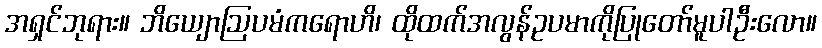
အရှင်ဘုရား။ ဘိယျောဩပမံကရောဟိ၊ ထိုထက်အလွန်ဥပမာကိုပြုတော်မူပါဦးလော။